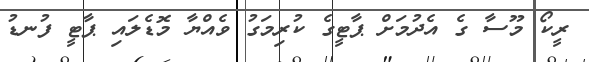
ރީކޯ މޫސާ ގެ އެދުމަށް ޕާޓީގެ ކުރިމަގު ވެއްޔާ މޮޑެލައި ޕާޓީ ފުނޑު